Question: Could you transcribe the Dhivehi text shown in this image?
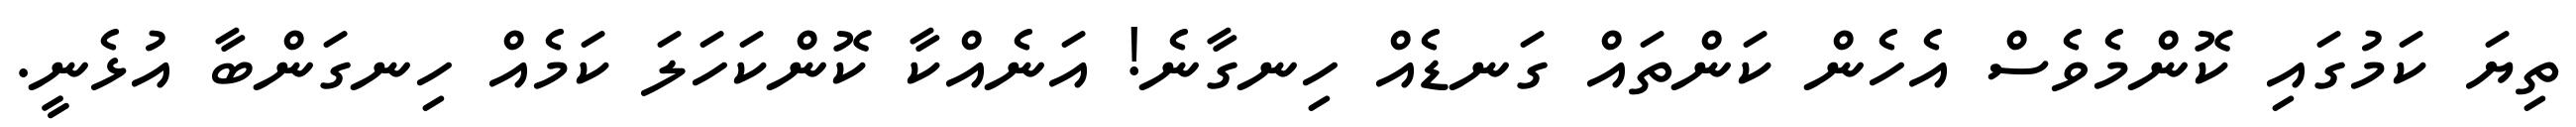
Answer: ތިޔަ ކަމުގައި ކޮންމެވެސް އެހެން ކަންތައް ގަނޑެއް ހިނގާނެ! އަނެއްކާ ކޮންކަހަލަ ކަމެއް ހިނގަންބާ އުޅެނީ.